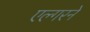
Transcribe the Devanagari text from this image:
एल्गरने